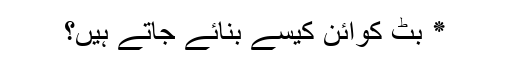
٭ بِٹ کوائن کیسے بنائے جاتے ہیں؟